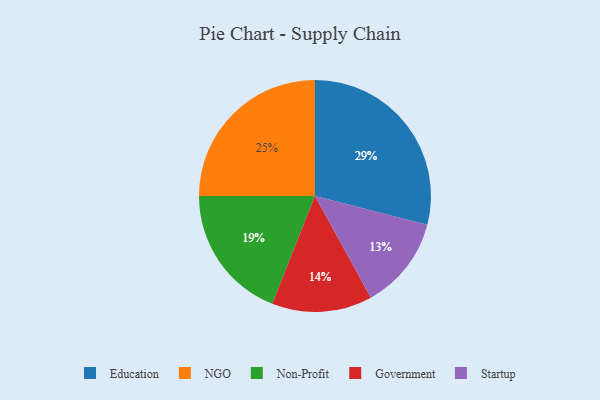
{"axis": {"x": "Category", "y": "Percentage"}, "legend": ["Education", "Government", "NGO", "Non-Profit", "Startup"], "data": [{"x": "Education", "y": 29, "type": "Education"}, {"x": "Non-Profit", "y": 19, "type": "Non-Profit"}, {"x": "Startup", "y": 13, "type": "Startup"}, {"x": "Government", "y": 14, "type": "Government"}, {"x": "NGO", "y": 25, "type": "NGO"}]}